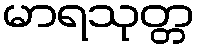
မာရသုတ္တ